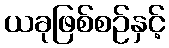
ယခုဖြစ်စဉ်နှင့်